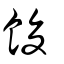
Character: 餕